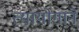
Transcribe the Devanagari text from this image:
त्यायोगाने